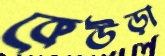
কেউড়া